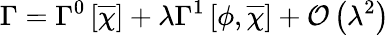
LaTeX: \Gamma=\Gamma^{0}\left[\overline{{{\chi}}}\right]+\lambda\Gamma^{1}\left[\phi,\overline{{{\chi}}}\right]+{\mathcal O}\left(\lambda^{2}\right)